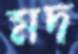
মদ